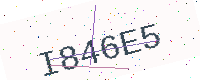
Text: I846E5